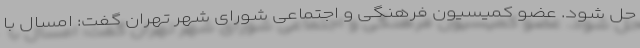
حل شود. عضو کمیسیون فرهنگی و اجتماعی شورای شهر تهران گفت: امسال با